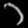
Digit: ၁